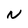
Character: u